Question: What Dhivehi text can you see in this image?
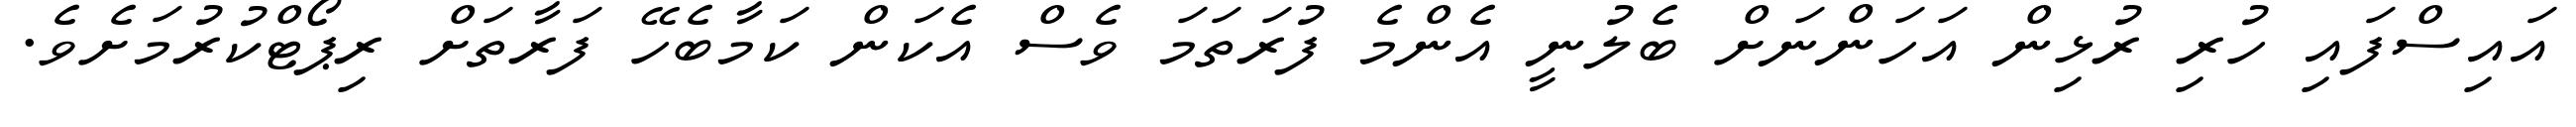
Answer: އައިސްފައި ހުރި ރުޅިން އަހަންނަށް ބެލުނީ އެންމެ ފުރަތަމަ ވެސް އެކަން ކަމާބެހޭ ފަރާތަށް ރިޕޯޓްކުރުމަށެވެ.